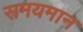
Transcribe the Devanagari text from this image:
समयमान